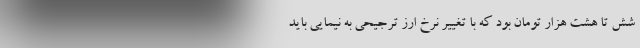
شش تا هشت هزار تومان بود که با تغییر نرخ ارز ترجیحی به نیمایی باید